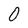
Character: O